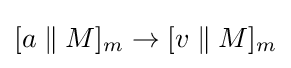
[a\;\|\;M]_{m}\rightarrow [v\;\|\;M]_{m}